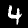
Digit: 4